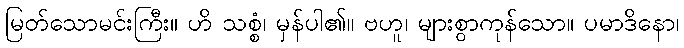
မြတ်သောမင်းကြီး။ ဟိ သစ္စံ၊ မှန်ပါ၏။ ဗဟူ၊ များစွာကုန်သော။ ပမာဒိနော၊